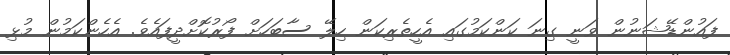
ފައުންޑޭޝަނުން ވަނީ ގިނަ ކަންކަމުގައި އެހީތެރިކަން ހިލޭ ސާބަހަށް ފޯރުކޮށްދީފައެވެ. އެހެންކަމުން މުޅި